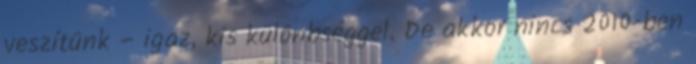
veszítünk – igaz, kis különbséggel. De akkor nincs 2010-ben